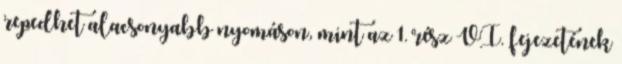
repedhet alacsonyabb nyomáson, mint az 1. rész VI. fejezetének